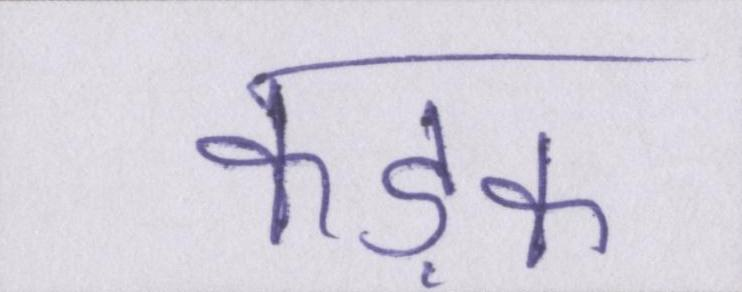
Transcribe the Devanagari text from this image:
कड़क